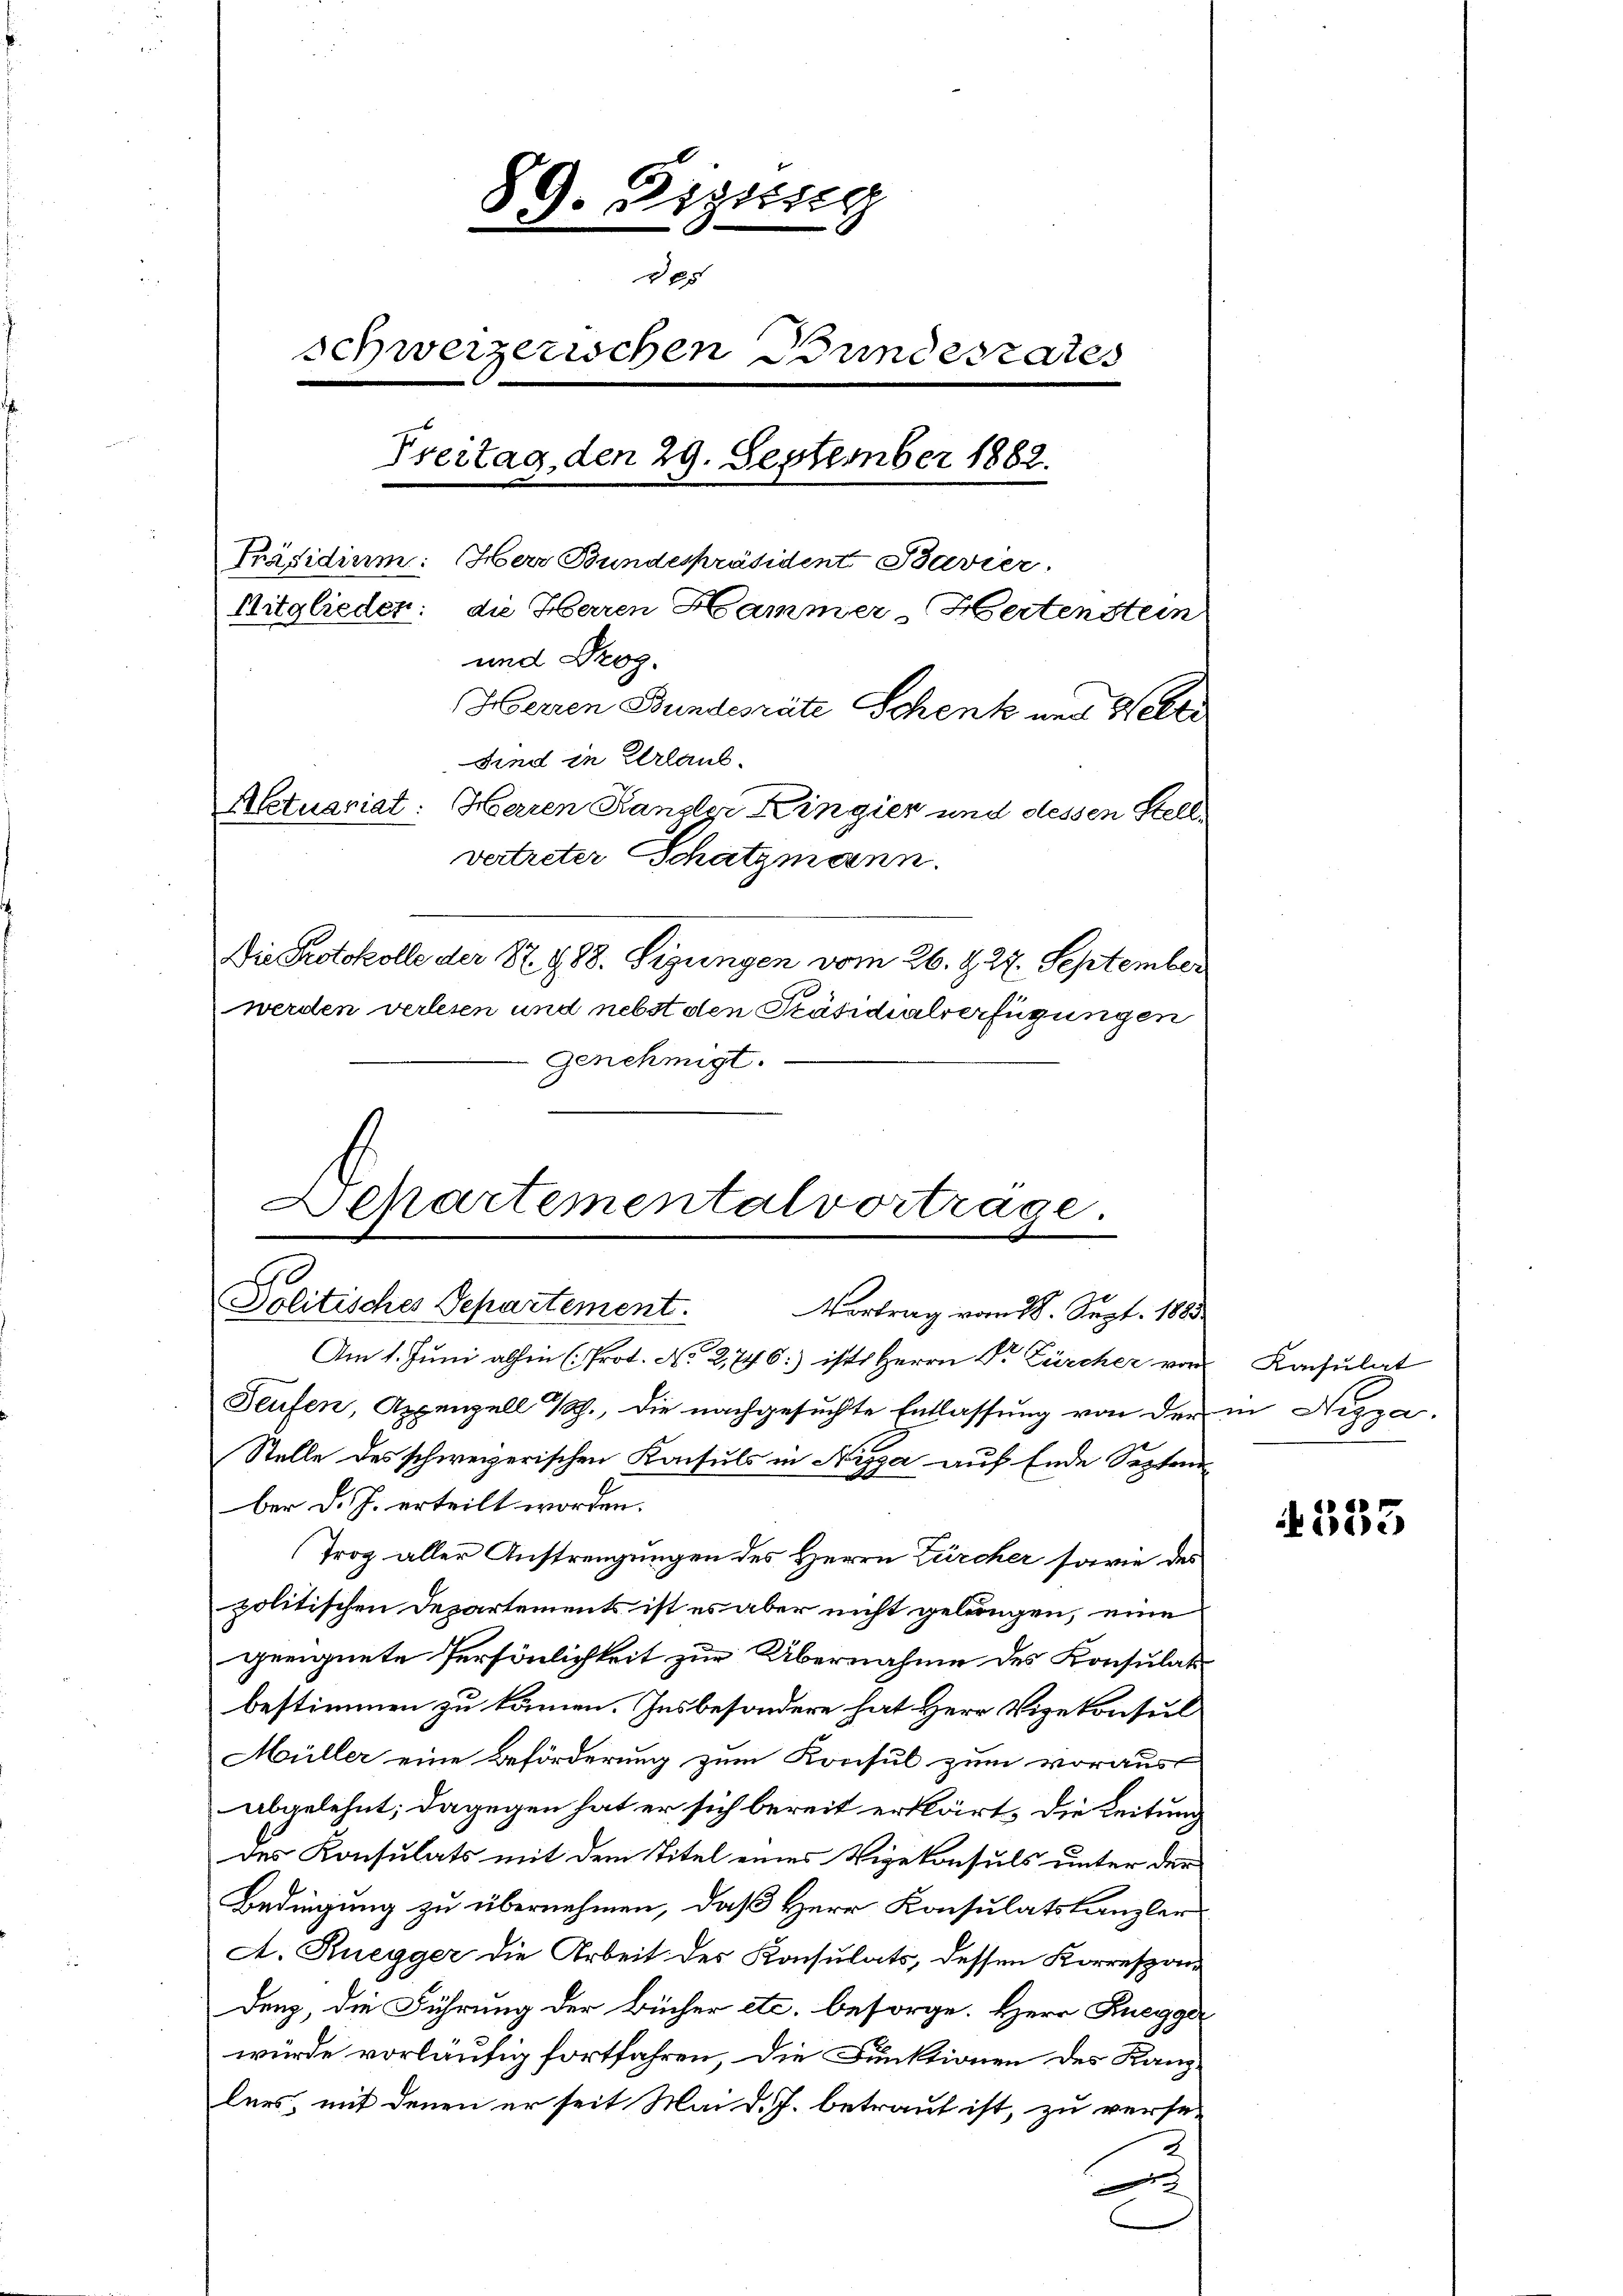
89. Distiren
205
schweizerischen Bundesrates
Freitag, den 29. September 1882.
Präsidium: Herr Bundespräsident Bavier,
Mitglieden: die Herren Hammer-Hertenstein
und Droz.
Herren Bundesräte Schenk und Wette
Sind in Erlaub
Aktuariat: Herren Kanzler Kingier und dessen Stellvertreter Schatzmann.
Die Protokolle der 87. 488. Sigungen vom 26. & 27. September
werden verlesen und nebst den Präsidialverfügungen
Genehmigt.

Departementalvortrage.
Politisches Separtement.
Vortrag vom 28. Sept. 1888

Am 1. Juni abhin (Prot. No 2,746:) ist Herrn Dr. Zürcher vor
Teufen, Appenzell 1., die nachgesuchte Entlassŭng von der in Nizza.
Stelle des schweizerischen Konsuls in Nizza auf Ende Septem
ber d. J. erteilt worden.
Troz aller Anstrengungen des Herrn Zürcher sowie des
politischen Departements ist es aber nicht gelungen, eine
geeignete Persönlichkeit zur Übernahme des Konsulatbestimmen zu kämen. Insbesondere hat Herr Vizekonsul
Müller eine Beförderung zum Konsul zum voraus-
abgelehnt; dagegen hat er sich bereit erklärt, die Leitung
des Konsulats mit dem Titel eines Vigekonsuls unter der
Bedingung zu übernehmen, daß Herr Konsulatskanzler
A. Ruegger die Arbeit der Konsulats, dessen Korrespon-
denz, die Führung der Bücher etc. besorge. Herr Ruegger
würde vorläufig fortfahren, die Funktionen des Kanzlers, mit denen er seit Mai d. J. betraut ist, zu verse-
2.
e

Konsulat

533